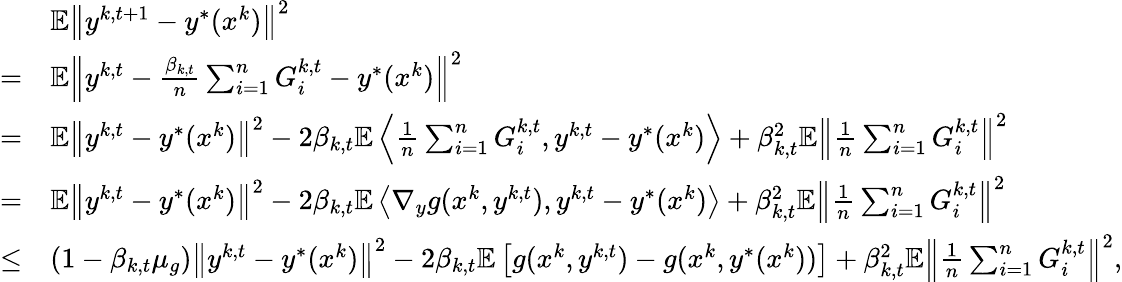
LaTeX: \begin{array}{rl}&{\mathbb{E}\left\| y^{k,t+1}-y^{*}(x^{k})\right\| ^{2}}\\ {=}&{\mathbb{E}\left\| y^{k,t}-\frac{\beta_{k,t}}{n}\sum_{i=1}^{n}G_{i}^{k,t}-y^{*}(x^{k})\right\| ^{2}}\\ {=}&{\mathbb{E}\left\| y^{k,t}-y^{*}(x^{k})\right\| ^{2}-2\beta_{k,t}\mathbb{E}\left\langle\frac{1}{n}\sum_{i=1}^{n}G_{i}^{k,t},y^{k,t}-y^{*}(x^{k})\right\rangle+\beta_{k,t}^{2}\mathbb{E}\left\| \frac{1}{n}\sum_{i=1}^{n}G_{i}^{k,t}\right\| ^{2}}\\ {=}&{\mathbb{E}\left\| y^{k,t}-y^{*}(x^{k})\right\| ^{2}-2\beta_{k,t}\mathbb{E}\left\langle\nabla_{y}g(x^{k},y^{k,t}),y^{k,t}-y^{*}(x^{k})\right\rangle+\beta_{k,t}^{2}\mathbb{E}\left\| \frac{1}{n}\sum_{i=1}^{n}G_{i}^{k,t}\right\| ^{2}}\\ {\leq}&{(1-\beta_{k,t}\mu_{g})\left\| y^{k,t}-y^{*}(x^{k})\right\| ^{2}-2\beta_{k,t}\mathbb{E}\left[g(x^{k},y^{k,t})-g(x^{k},y^{*}(x^{k}))\right]+\beta_{k,t}^{2}\mathbb{E}\left\| \frac{1}{n}\sum_{i=1}^{n}G_{i}^{k,t}\right\| ^{2},}\end{array}